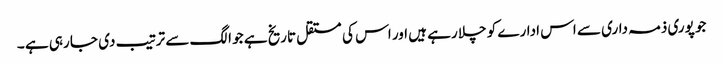
جو پوری ذمہ داری سے اس ادارے کو چلا رہے ہیں اور اس کی مستقل تاریخ ہے جو الگ سے ترتیب دی جا رہی ہے ۔